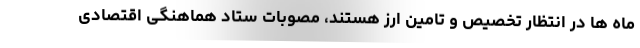
ماه ها در انتظار تخصیص و تامین ارز هستند، مصوبات ستاد هماهنگی اقتصادی